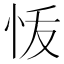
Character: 𭜞